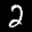
Label: 2